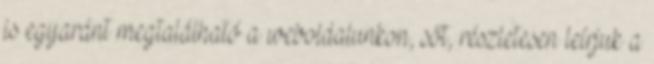
is egyaránt megtalálható a weboldalunkon, sőt, részletesen leírjuk a